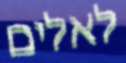
לאלים